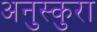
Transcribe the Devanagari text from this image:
अनुस्कुरा